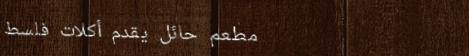
مطعم حائل يقدم أكلات فلسط